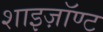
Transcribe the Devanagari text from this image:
शाइज़ॉण्ट